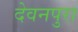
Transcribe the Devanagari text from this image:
देवनपुरा